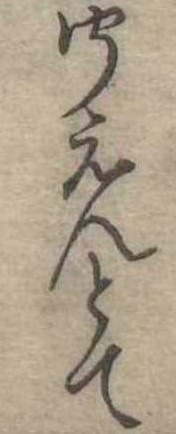
聞えんとて